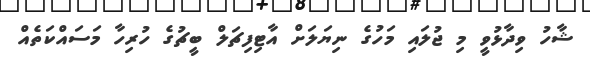
ޝާހު ވިދާޅުވީ މި ޖުލައި މަހުގެ ނިޔަލަށް އާޓިފިޗަލް ބީޗުގެ ހުރިހާ މަސައްކަތެއް